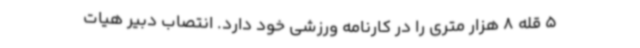
5 قله 8 هزار متری را در کارنامه ورزشی خود دارد. انتصاب دبیر هیات